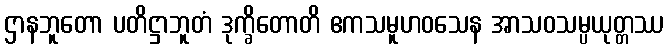
ဌာနဘူတော ပတိဋ္ဌာဘူတံ ဒုက္ခိတောတိ ဧကသမူဟဝသေန အာသဝသမ္ပယုတ္တဿ